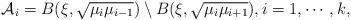
LaTeX: \begin{align*}\mathcal{A}_i=B(\xi,\sqrt{\mu_i\mu_{i-1}})\setminus B(\xi,\sqrt{\mu_i\mu_{i+1}}), i=1,\cdots,k,\end{align*}